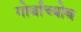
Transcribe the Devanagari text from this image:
गोर्बाच्योब